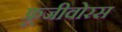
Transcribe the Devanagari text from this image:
फ्रूजीवोरस